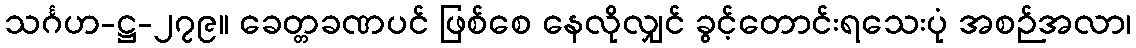
သင်္ဂဟ-ဋ္ဌ-၂၇၉။ ခေတ္တခဏပင် ဖြစ်စေ နေလိုလျှင် ခွင့်တောင်းရသေးပုံ အစဉ်အလာ၊